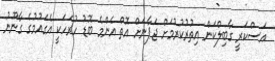
އަސްކަރީ ގާބިލްކަން އިތުރުކުރުމަށް ޖަޕާނަށް އޮތް އެންމެ ބޮޑު ހުރަހަކީ އެގައުމުގެ ގާނޫނު